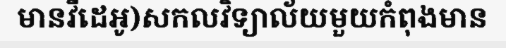
មានវីដេអូ)សកលវិទ្យាល័យមួយកំពុងមាន